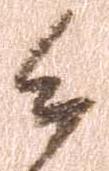
候